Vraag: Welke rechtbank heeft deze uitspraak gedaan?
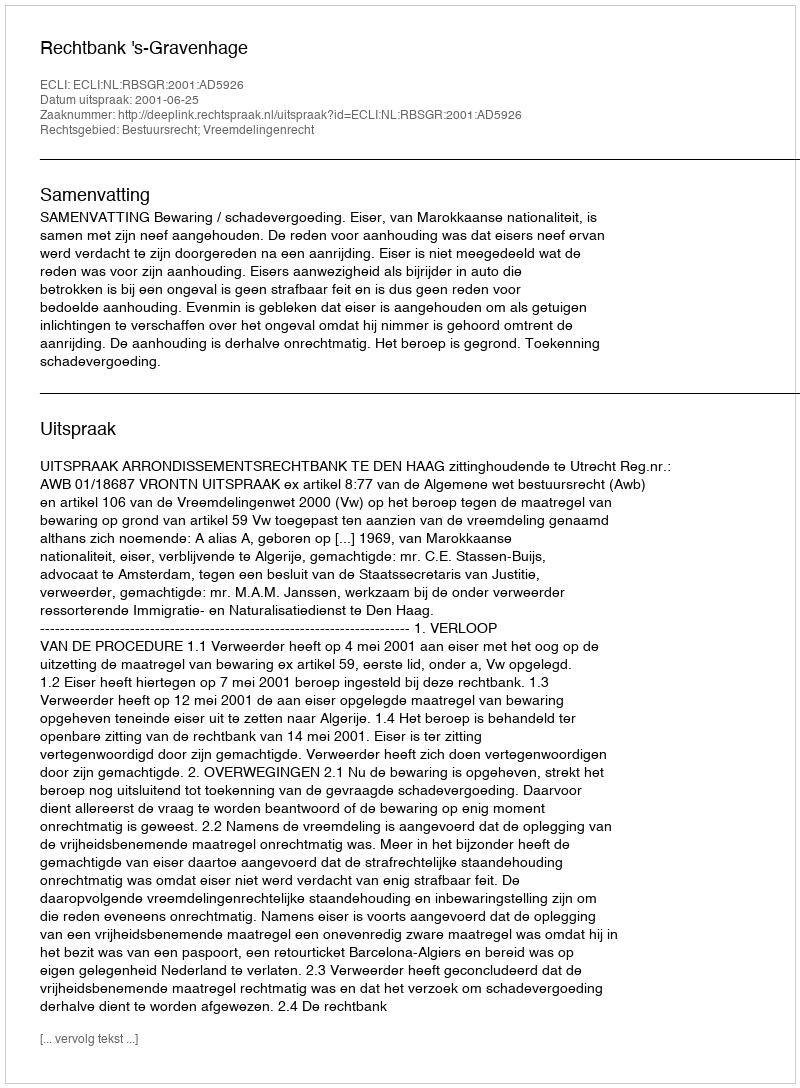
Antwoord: Rechtbank 's-Gravenhage